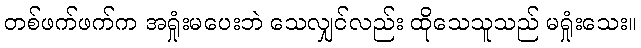
တစ်ဖက်ဖက်က အရှုံးမပေးဘဲ သေလျှင်လည်း ထိုသေသူသည် မရှုံးသေး။